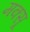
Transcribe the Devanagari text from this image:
मक्सू